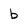
Character: b